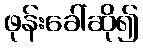
ဖုန်းခေါ်ဆို၍